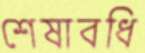
শেষাবধি